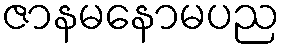
ဇာနမနောမပည